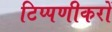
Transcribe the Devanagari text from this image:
टिप्पणीकरों